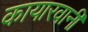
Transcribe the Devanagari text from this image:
कायारवानी